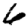
Digit: 6